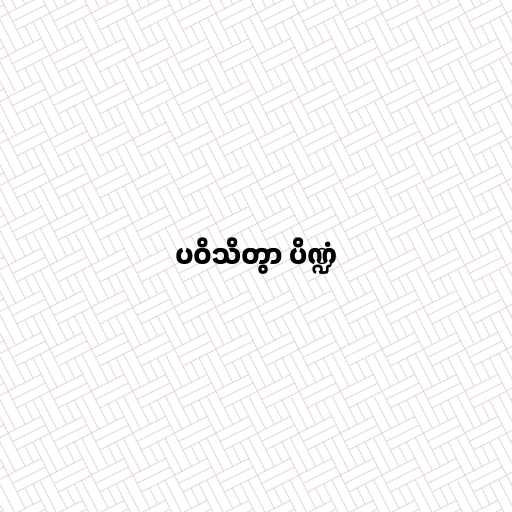
ပဝိသိတွာ ပိဏ္ဍံ